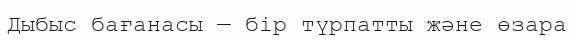
Дыбыс бағанасы — бір түрпатты және өзара